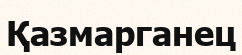
Қазмарганец